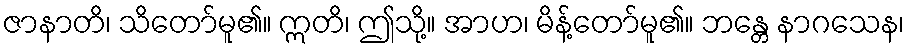
ဇာနာတိ၊ သိတော်မူ၏။ ဣတိ၊ ဤသို့။ အာဟ၊ မိန့်တော်မူ၏။ ဘန္တေ နာဂသေန၊